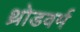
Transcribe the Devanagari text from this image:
थ्रोडवर्म